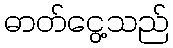
ဓာတ်ငွေ့သည်